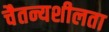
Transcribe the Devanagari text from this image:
चैतन्यशीलता